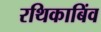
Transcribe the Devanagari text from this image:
रथिकाबिंव